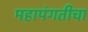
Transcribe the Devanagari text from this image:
महापंगतीचा